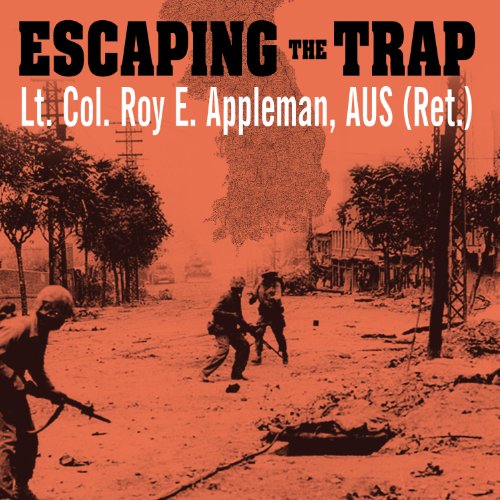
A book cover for Escaping the Trap: The US Army X Corps in Northeast Korea, 1950; Roy E. Appleman; History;